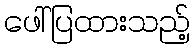
ဖေါ်ပြထားသည့်